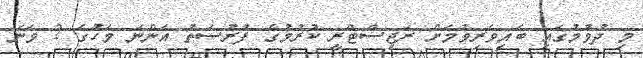
މި ދުވުމުގައި ބައިވެރިވުމަށް ރަޖިސްޓްރީ ކުރުމުގެ ފުރުސަތު އަންނަ މަހުގެ 2 ވަނަ